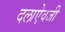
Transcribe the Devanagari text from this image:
दलाऐवजी